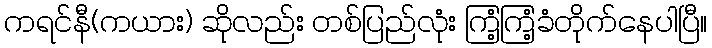
ကရင်နီ(ကယား) ဆိုလည်း တစ်ပြည်လုံး ကြံ့ကြံ့ခံတိုက်နေပါပြီ။